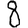
Digit: 8